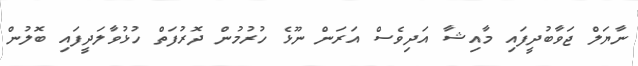
ނާޔަލް ޖަވާބުދީފައި މާއިޝާ އަދިވެސް އަރަން ނޫޅެ ހުރުމުން ދޮރުފަތް ހުޅުވާލަދީފައި ބޮލުން